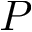
P